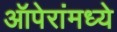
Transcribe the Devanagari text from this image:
ऑपेरांमध्ये